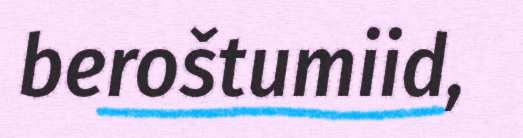
beroštumiid,